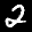
Label: 2